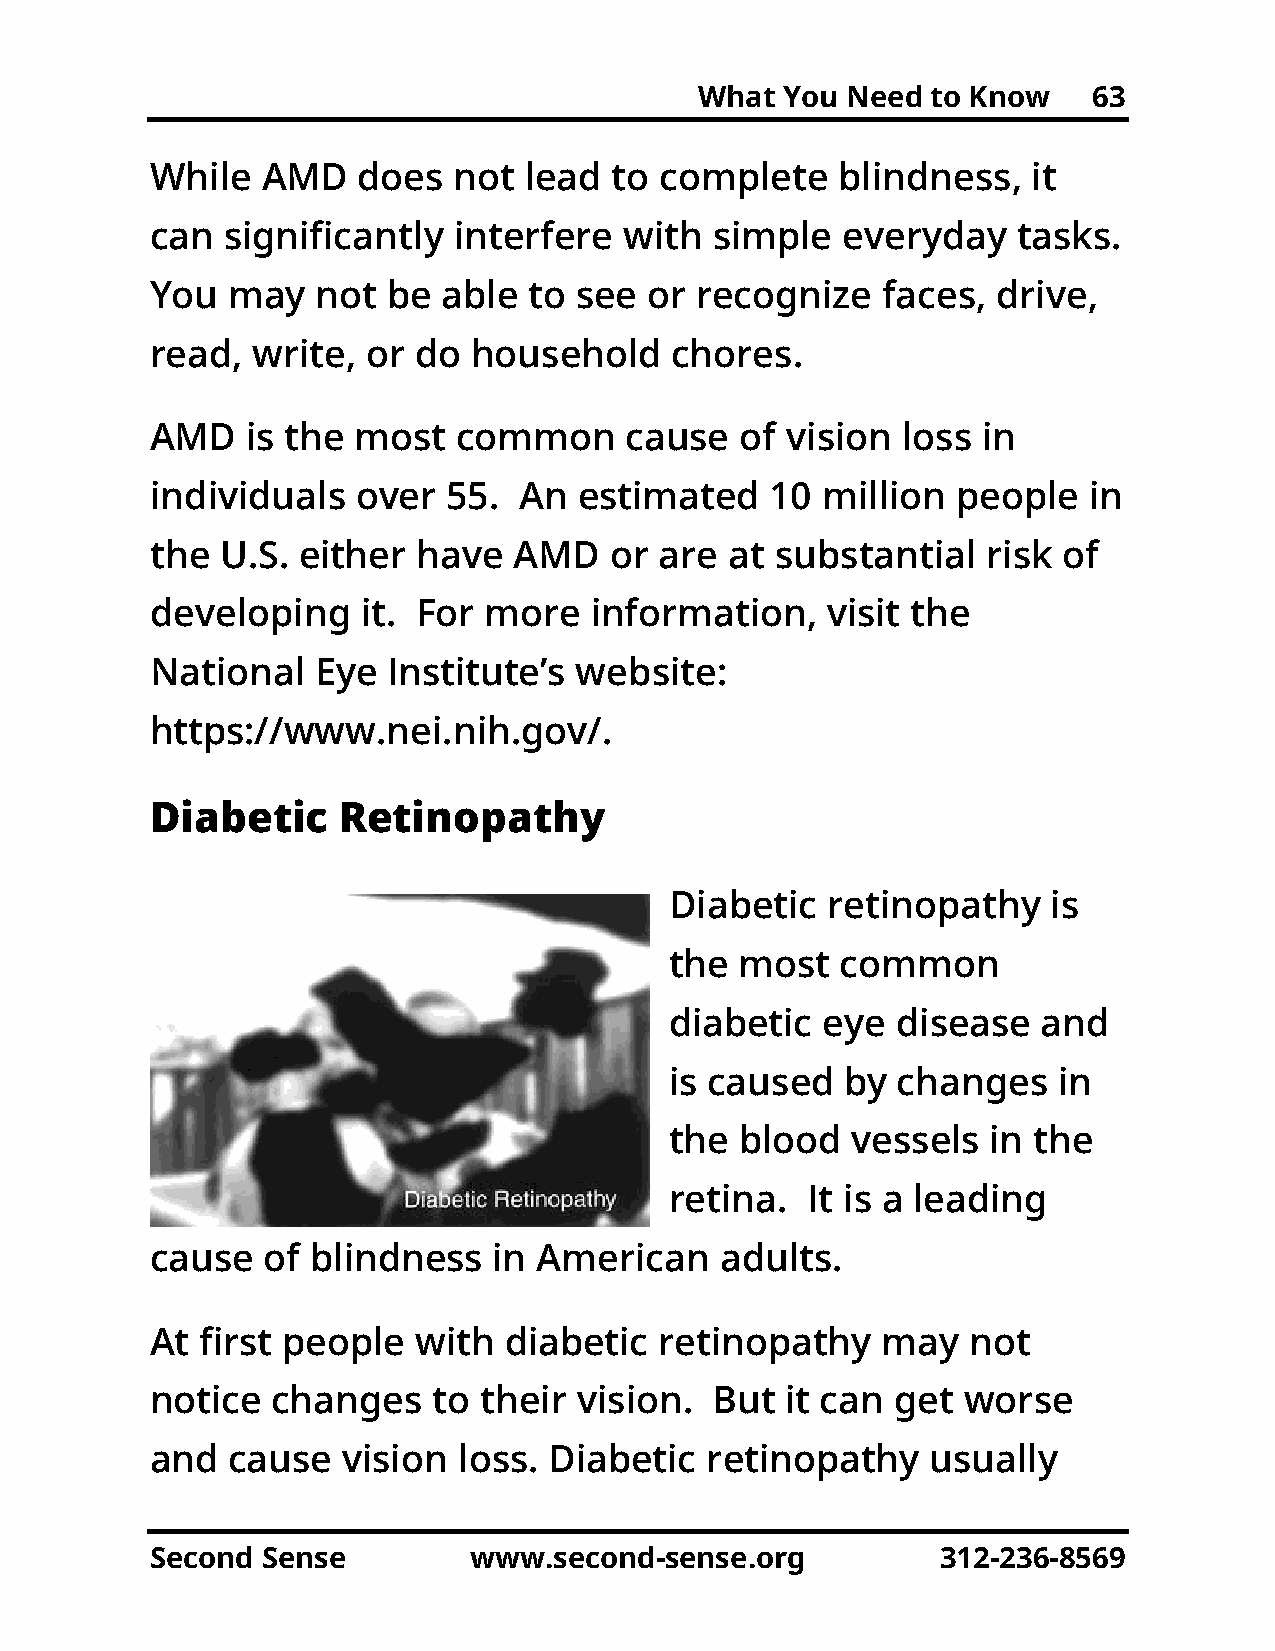
What  You Need  to Know   63
 While  AMD    does  not  lead  to complete   blindness,   it
 can  significantly  interfere  with  simple   everyday   tasks.
 You  may   not  be able  to see  or recognize   faces,  drive,
 read,  write, or do  household    chores.
 AMD   is the  most  common     cause   of vision  loss in
 individuals   over  55. An  estimated    10 million  people   in
 the  U.S. either  have  AMD   or  are at substantial   risk of
 developing    it. For more   information,    visit the
 National   Eye  Institute’s website:
 https://www.nei.nih.gov/.
 Diabetic    Retinopathy
 Diabetic   retinopathy    is
 the  most   common
 diabetic  eye  disease   and
 is caused   by changes    in
 the  blood  vessels   in the
 retina.  It is a leading
 cause  of  blindness   in American    adults.
 At first people  with  diabetic   retinopathy   may   not
 notice  changes    to their vision.  But  it can get  worse
 and  cause   vision loss. Diabetic   retinopathy    usually
 Second Sense         www.second-sense.org           312-236-8569